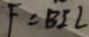
F = B I L